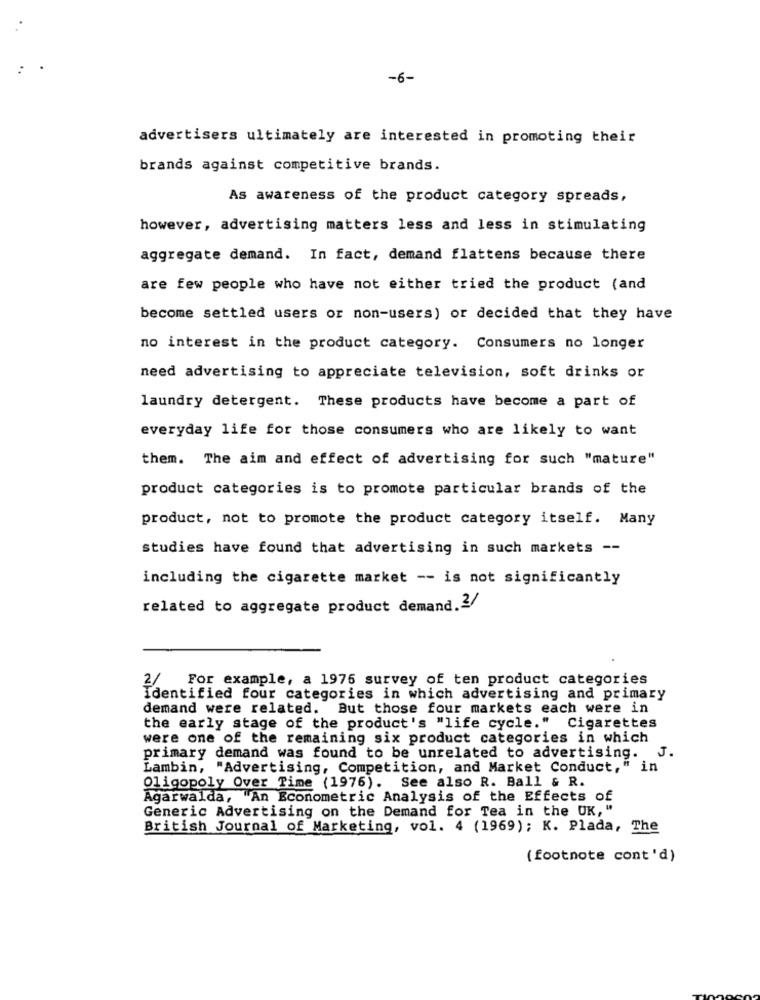
-6-
advertisers ultimately are interested in promoting their
brands against competitive brands.
As awareness of the product category spreads,
however, advertising matters less and less in stimulating
aggregate demand. In fact, demand flattens because there
are few people who have not either tried the product (and
become settled users or non-users) or decided that they have
no interest in the product category. Consumers no longer
need advertising to appreciate television, soft drinks or
laundry detergent. These products have become a part of
everyday life for those consumers who are likely to want
them. The aim and effect of advertising for such "mature"
product categories is to promote particular brands of the
product, not to promote the product category itself. Many
studies have found that advertising in such markets --
including the cigarette market -- is not significantly
related to aggregate product demand.2/
For example, a 1976 survey of ten product categories
2/
Identified four categories in which advertising and primary
demand were related. But those four markets each were in
the early stage of the product's "life cycle."
Cigarettes
were one of the remaining six product categories in which
J.
primary demand was found to be unrelated to advertising.
Lambin, "Advertising, Competition, and Market Conduct," in
Oligopoly Over Time (1976). See also R. Ball & R.
Agarwalda, An Econometric Analysis of the Effects of
Generic Advertising on the Demand for Tea in the UK, "
British Journal of Marketing, vol. 4 (1969); K. Plada, The
(footnote cont'd)